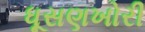
ધૂસણખોરી